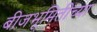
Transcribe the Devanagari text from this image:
बीजभूमितीच्या